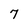
Character: 7